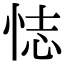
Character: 𢙺